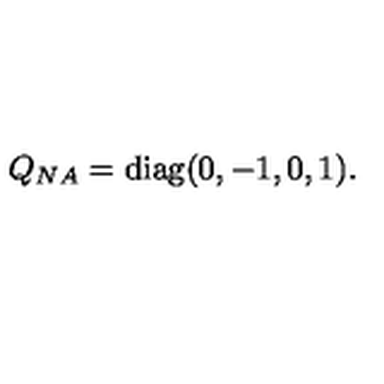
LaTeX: Q _ { N A } = \mathrm { d i a g } ( 0 , - 1 , 0 , 1 ) .